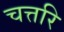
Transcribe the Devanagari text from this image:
चत्तरि